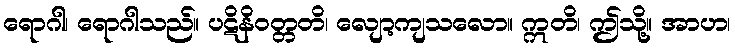
ရောဂါ၊ ရောဂါသည်။ ပဋိနိဝတ္တတိ၊ လျော့ကျသလော။ ဣတိ၊ ဤသို့။ အာဟ၊